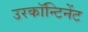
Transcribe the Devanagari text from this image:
उरकॉन्टिनेंट